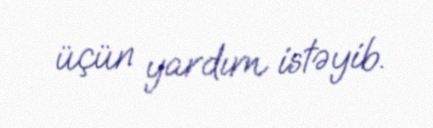
üçün yardım istəyib.